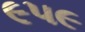
૯૫૯